Materia medica of Madras volume I
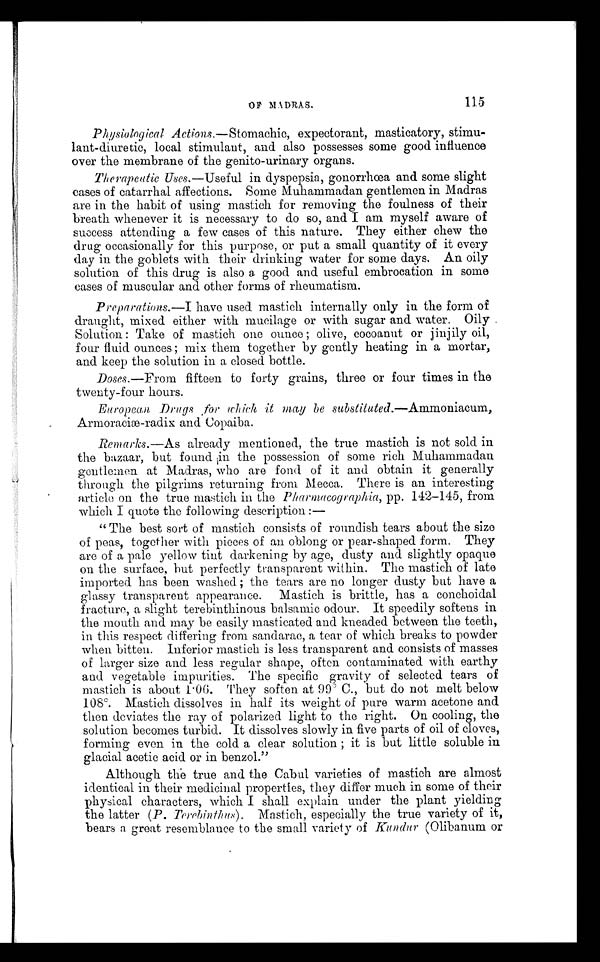
OF MADRAS
115
Physiological Actions.— Stomachic, expectorant, masticatory, stimu--
lant-diuretic, local stimulant, and also possesses some good influence
over the membrane of the genito-urinary organs.
Therapeutic Uses.—Useful in dyspepsia, gonorrhœa and some slight
cases of catarrhal affections. Some Muhammadan gentlemen in Madras
are in the habit of using mastich for removing the foulness of their
breath whenever it is necessary to do so, and I am myself aware of
success attending a few cases of this nature. They either chew the
drug occasionally for this purpose, or put a small quantity of it every
day in the goblets with their drinking water for some days. An oily
solution of this drug is also a good and useful embrocation in some
cases of muscular and other forms of rheumatism.
Preparations.—I have used mastich internally only in the form of
draught, mixed either with mucilage or with sugar and water. Oily
Solution : Take of mastich one ounce ; olive, cocoanut or jinjily oil,
four fluid ounces; mix them together by gently heating in a mortar,
and keep the solution in a closed bottle.
Doses.—From fifteen to forty grains, three or four times in the
twenty-four hours.
European Drugs for which it may be substituted.— Ammoniacum,
Armoraciæ-radix and Copaiba.
Remarks.—As already mentioned, the true mastich is not sold in
the bazaar, but found in the possession of some rich Muhammadan
gentlemen at Madras, who are fond of it and obtain it generally
through the pilgrims returning from Mecca. There is an interesting
article on the true mastich in the Pharmacographia, pp. 142-145, from
which I quote the following description :—
"The best sort of mastich consists of roundish tears about the size
of peas, together with pieces of an oblong or pear-shaped form. They
are of a pale yellow tint darkening by age, dusty and slightly opaque
on the surface, but perfectly transparent within. The mastich of late
imported has been washed ; the tears are no longer dusty but have a
glassy transparent appearance. Mastich is brittle, has a conchoidal
fracture, a slight terebinthinous balsamic odour. It speedily softens in
the mouth and may be easily masticated and kneaded between the teeth,
in this respect differing from sandarac, a tear of which breaks to powder
when bitten. Inferior mastich is less transparent and consists of masses
of larger size and less regular shape, often contaminated with earthy
and vegetable impurities. The specific gravity of selected tears of
mastich is about 1.06. They soften at 99º C., but do not melt below
108º. Mastich dissolves in half its weight of pure warm acetone and
then deviates the ray of polarized light to the right. On cooling, the
solution becomes turbid. It dissolves slowly in five parts of oil of cloves,
forming even in the cold a clear solution ; it is but little soluble i
n
glacial acetic acid or in benzol."
Although the true and the Cabul varieties of mastich are almost
identical in their medicinal properties, they differ much in some of their
physical characters, which I shall explain under the plant yielding
the latter (P. Terebinthus). Mastich, especially the true variety of it,
bears a great resemblance to the small variety of Kundur (Olibanum or